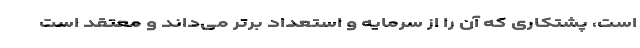
است، پشتکاری که آن را از سرمایه و استعداد برتر می‌داند و معتقد است